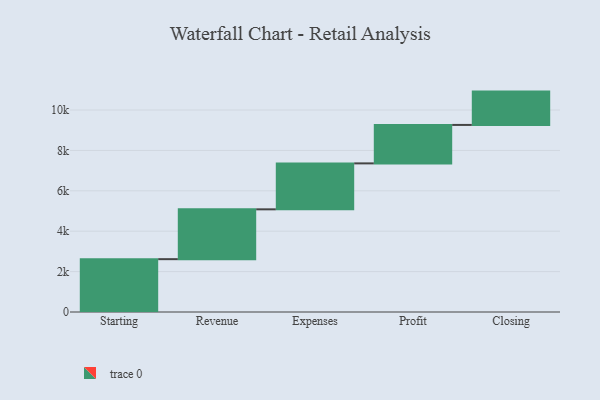
{"axis": {"x": "Step", "y": "Value"}, "legend": [""], "data": [{"x": "Starting", "y": 2616.0, "type": ""}, {"x": "Revenue", "y": 2467.0, "type": ""}, {"x": "Expenses", "y": 2275.0, "type": ""}, {"x": "Profit", "y": 1904.0, "type": ""}, {"x": "Closing", "y": 1650.0, "type": ""}]}